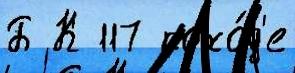
Б К 117 похо́д'е